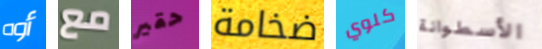
أوه مع حقير ضخامة كلوي الأسطوانة